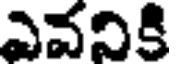
ఎవనికి